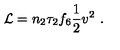
{ \cal L } = n _ { 2 } \tau _ { 2 } f _ { 6 } \frac { 1 } { 2 } v ^ { 2 } \ .